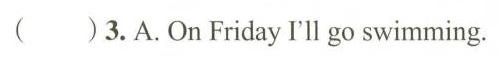
( )3.A.On Friday I'll go swimming.